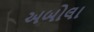
અબોલા